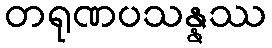
တရုဏပသန္နဿ